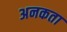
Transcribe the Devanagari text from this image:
अनकता